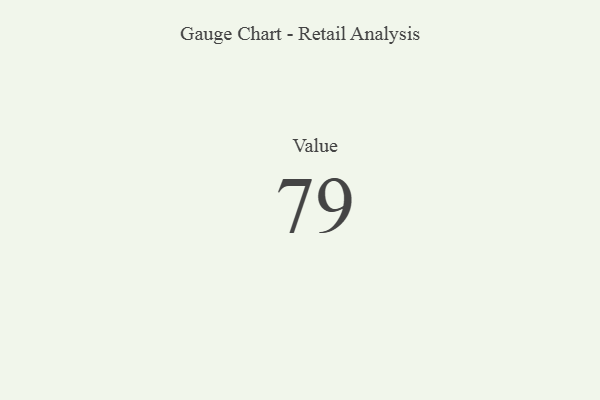
{"axis": {"x": "Metric", "y": "Value"}, "legend": [""], "data": [{"x": "Value", "y": 79, "type": ""}]}